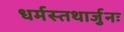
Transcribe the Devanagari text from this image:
धर्मस्तथार्जुनः